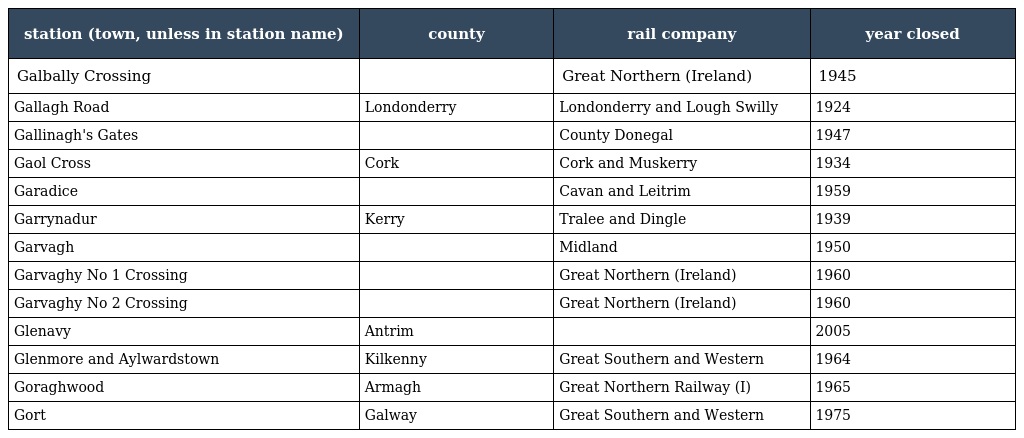
| station (town, unless in station name) | county | rail company | year closed |
 | --- | --- | --- | --- |
 | Galbally Crossing |  | Great Northern (Ireland) | 1945 |
 | Gallagh Road | Londonderry | Londonderry and Lough Swilly | 1924 |
 | Gallinagh's Gates |  | County Donegal | 1947 |
 | Gaol Cross | Cork | Cork and Muskerry | 1934 |
 | Garadice |  | Cavan and Leitrim | 1959 |
 | Garrynadur | Kerry | Tralee and Dingle | 1939 |
 | Garvagh |  | Midland | 1950 |
 | Garvaghy No 1 Crossing |  | Great Northern (Ireland) | 1960 |
 | Garvaghy No 2 Crossing |  | Great Northern (Ireland) | 1960 |
 | Glenavy | Antrim |  | 2005 |
 | Glenmore and Aylwardstown | Kilkenny | Great Southern and Western | 1964 |
 | Goraghwood | Armagh | Great Northern Railway (I) | 1965 |
 | Gort | Galway | Great Southern and Western | 1975 |